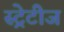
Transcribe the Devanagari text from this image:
स्ट्रेटीज